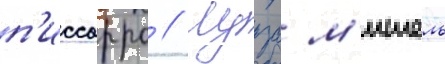
п'иссарро // Луиза м'ишель